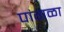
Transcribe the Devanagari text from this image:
पांगळा